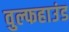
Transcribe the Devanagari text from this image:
वुल्फहाउंड